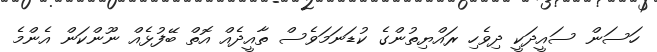
ހަސަން ސައީދަކީ ދިވެހި ރައްޔިތުންގެ ކުޑަނަމަވެސް ތާއީދެއް އޮތް ބޭފުޅެއް ނޫންކަން އެންމެ